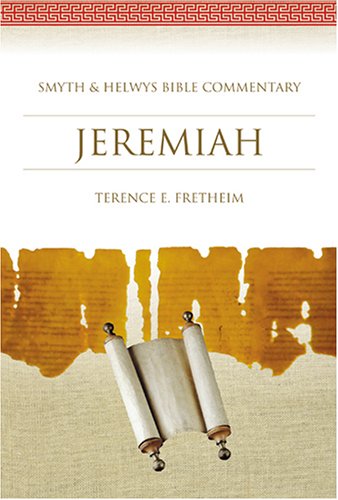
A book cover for Jeremiah: Smyth & Helwys Bible Commentary; Terence E. Fretheim; Christian Books & Bibles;